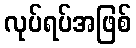
လုပ်ရပ်အဖြစ်